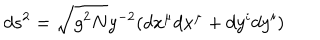
LaTeX: d s ^ { 2 } = \sqrt { g ^ { 2 } N } y ^ { - 2 } ( d x ^ { \mu } d x ^ { \mu } + d y ^ { i } d y ^ { i } )